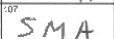
Transcription: SMA